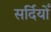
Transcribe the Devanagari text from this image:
सर्दियोँ